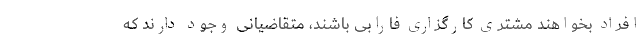
افراد بخواهند مشتری کارگزاری فارابی باشند، متقاضیانی وجود دارند که